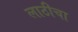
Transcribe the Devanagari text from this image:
लाठीचा